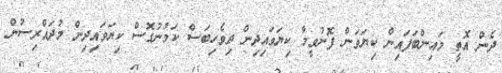
ދެން އޮތީ މައިންބަފައިން ކިޔަވަން ފޮނުވީމާ ކިޔަވައިދިން ދިވެހިބަސް ކަމުނުގޮސް ކިޔަވައިދިން މުދައްރިސުން